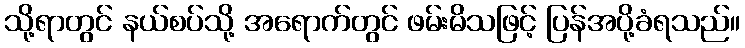
သို့ရာတွင် နယ်စပ်သို့ အရောက်တွင် ဖမ်းမိသဖြင့် ပြန်အပို့ခံရသည်။